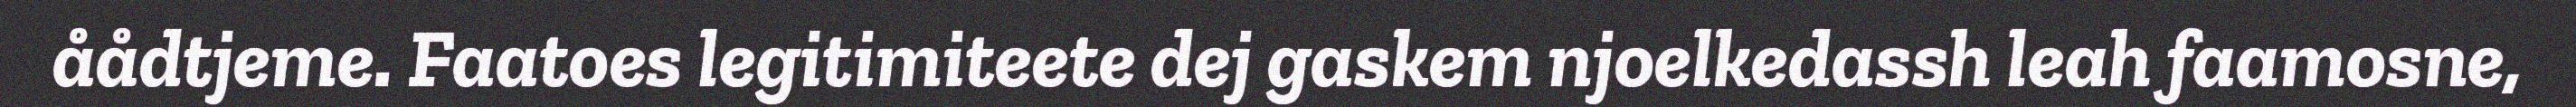
åådtjeme. Faatoes legitimiteete dej gaskem njoelkedassh leah faamosne,